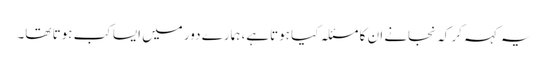
یہ کہہ کر کہ نجانے ان کا مسئلہ کیا ہوتاہے، ہمارے دور میں ایسا کب ہوتا تھا۔